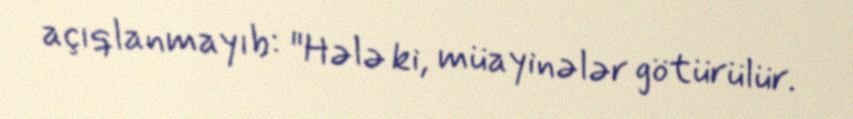
açıqlanmayıb: "Hələ ki, müayinələr götürülür.